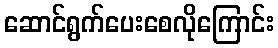
ဆောင်ရွက်ပေးစေလိုကြောင်း